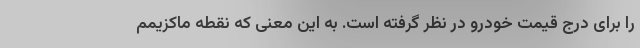
را برای درج قیمت خودرو در نظر گرفته است. به این معنی که نقطه ماکزیمم